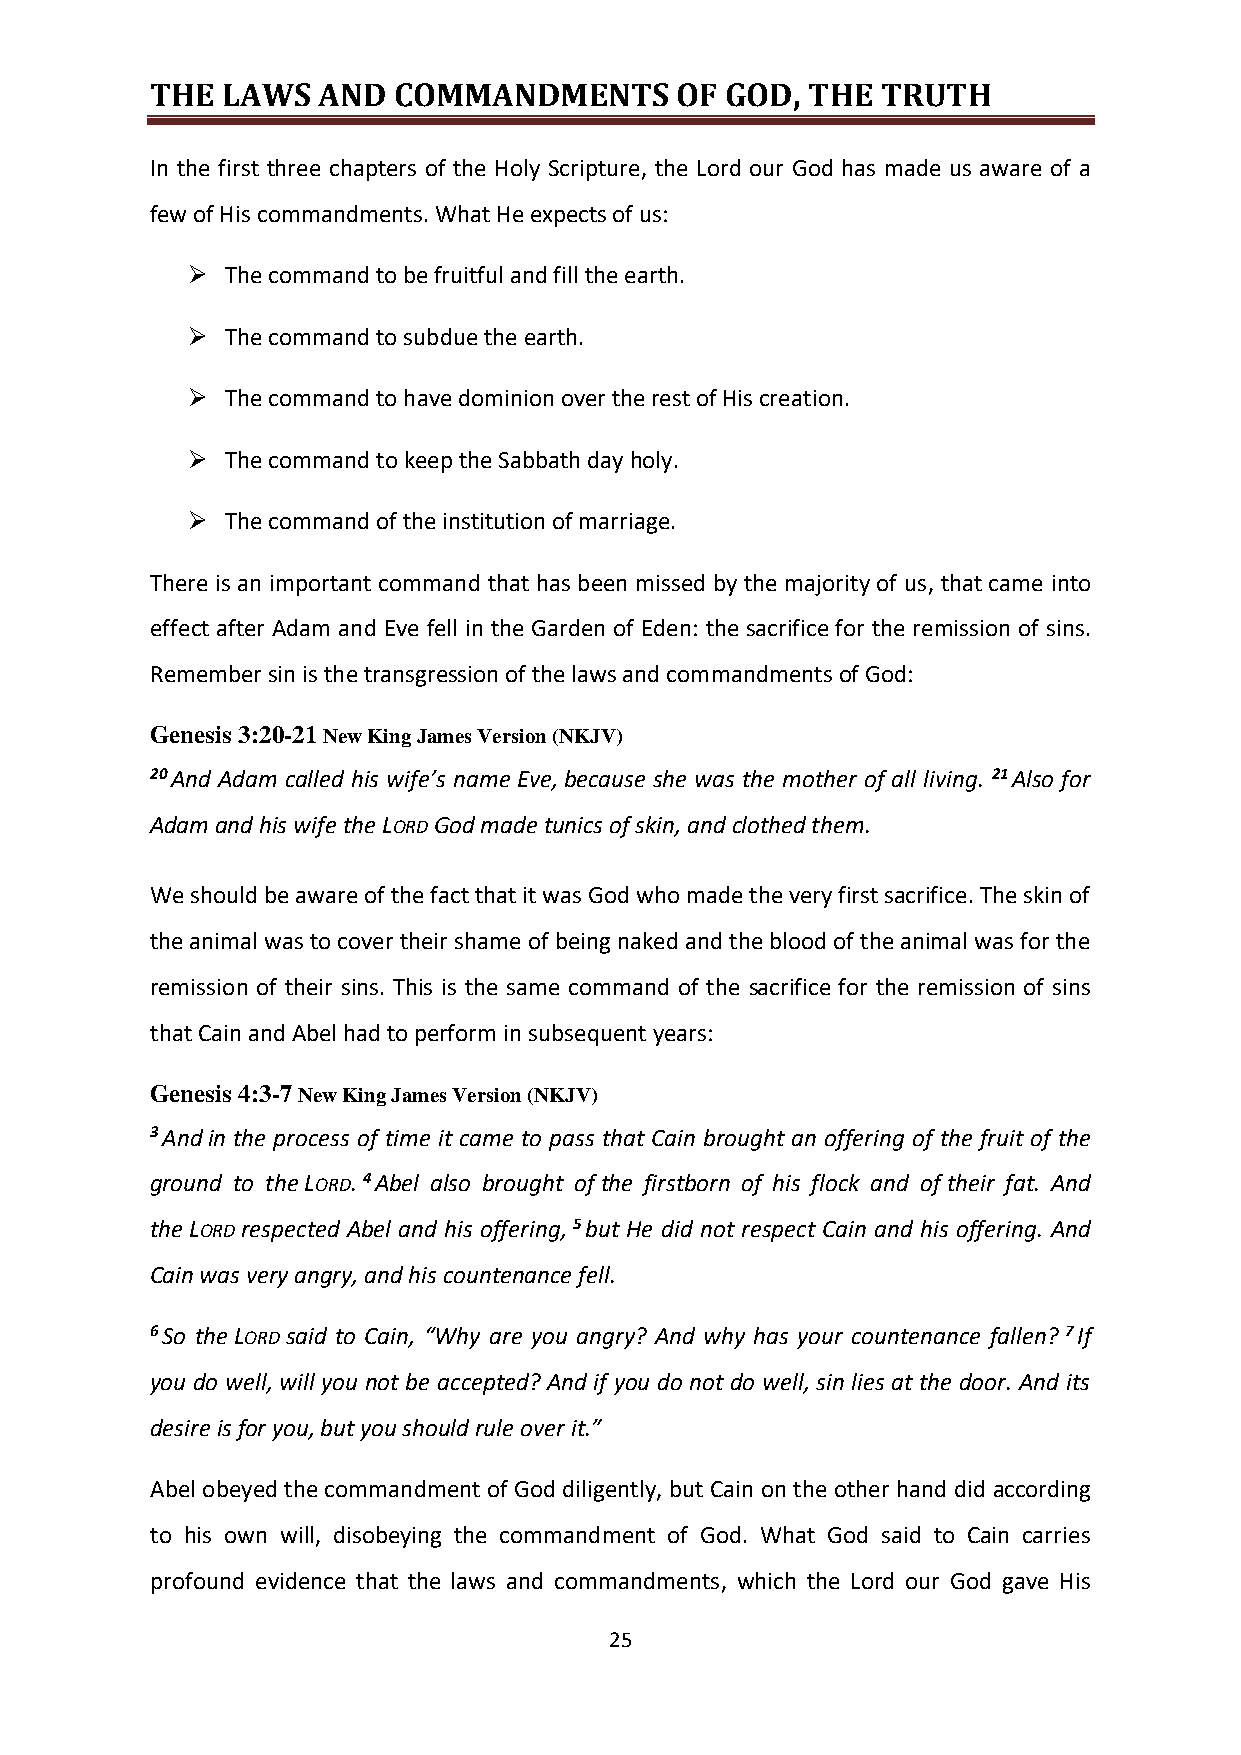
THE  LAWS  AND  COMMANDMENTS       OF GOD, THE  TRUTH
 In the first three chapters of the Holy Scripture, the Lord our God has made us aware of a
 few of His commandments. What He expects of us:
 ➢  The command to be fruitful and fill the earth.
 ➢  The command to subdue the earth.
 ➢  The command to have dominion over the rest of His creation.
 ➢  The command to keep the Sabbath day holy.
 ➢  The command of the institution of marriage.
 There is an important command that has been missed by the majority of us, that came into
 effect after Adam and Eve fell in the Garden of Eden: the sacrifice for the remission of sins.
 Remember sin is the transgression of the laws and commandments of God:
 Genesis 3:20-21 New King James Version (NKJV)
 20 And Adam called his wife’s name Eve, because she was the mother of all living. 21 Also for
 Adam and his wife the LORD God made tunics of skin, and clothed them.
 We should be aware of the fact that it was God who made the very first sacrifice. The skin of
 the animal was to cover their shame of being naked and the blood of the animal was for the
 remission of their sins. This is the same command of the sacrifice for the remission of sins
 that Cain and Abel had to perform in subsequent years:
 Genesis 4:3-7 New King James Version (NKJV)
 3 And in the process of time it came to pass that Cain brought an offering of the fruit of the
 ground to the LORD. 4 Abel also brought of the firstborn of his flock and of their fat. And
 the LORD respected Abel and his offering, 5 but He did not respect Cain and his offering. And
 Cain was very angry, and his countenance fell.
 6 So the LORD said to Cain, “Why are you angry? And why has your countenance fallen? 7 If
 you do well, will you not be accepted? And if you do not do well, sin lies at the door. And its
 desire is for you, but you should rule over it.”
 Abel obeyed the commandment of God diligently, but Cain on the other hand did according
 to his own will, disobeying the commandment of God. What God said to Cain carries
 profound evidence that the laws and commandments, which the Lord our God gave His
 25